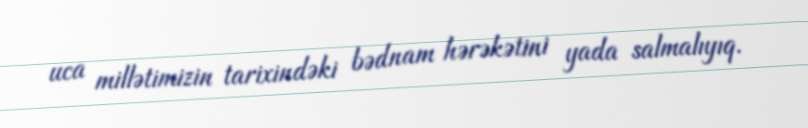
uca millətimizin tarixindəki bədnam hərəkətini yada salmalıyıq.